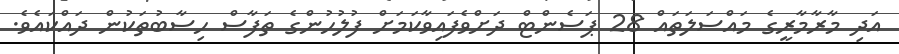
އަދި މާރާމާރީގެ މައްސަލަތައް 28 ޕަސެންޓް ދަށްވެފައިވާކަމަށް ފުލުހުންގެ ތަފާސް ހިސާބުތަކުން ދައްކައެވެ.